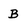
Character: B